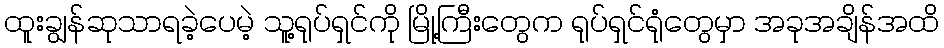
ထူးချွန်ဆုသာရခဲ့ပေမဲ့ သူ့ရုပ်ရှင်ကို မြို့ကြီးတွေက ရုပ်ရှင်ရုံတွေမှာ အခုအချိန်အထိ